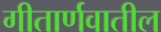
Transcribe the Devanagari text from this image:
गीतार्णवातील